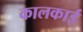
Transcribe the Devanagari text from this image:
कालकाई